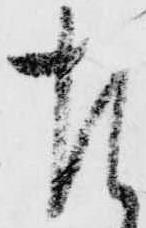
左